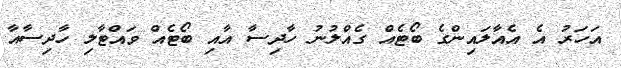
އަހަރު އެ އެއާލައިންގެ ބޯޓެއް ގެއްލުނު ހާދިސާ އާއި ބޯޓެއް ވައްޓާލި ހާދިސާއާ